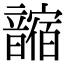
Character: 𩐼